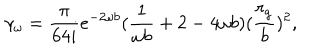
LaTeX: \gamma _ { \omega } = \frac { \pi } { 6 4 i } e ^ { - 2 \omega b } ( \frac { 1 } { \omega b } + 2 - 4 \omega b ) ( \frac { r _ { g } } { b } ) ^ { 2 } ,